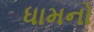
ધામનો